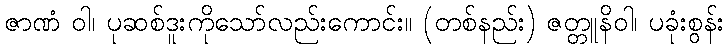
ဇာဏံ ဝါ၊ ပုဆစ်ဒူးကိုသော်လည်းကောင်း။ (တစ်နည်း) ဇတ္တူနိဝါ၊ ပခုံးစွန်း